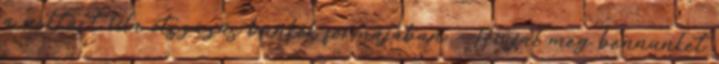
a nektárt lila ötszázas bankók formájában. --Hívjál meg bennünket